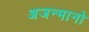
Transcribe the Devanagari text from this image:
अजन्मानो